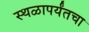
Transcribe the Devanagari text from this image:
स्थळापर्यंतचा